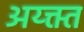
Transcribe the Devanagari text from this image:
अय्क्त्त